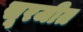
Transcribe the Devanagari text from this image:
सूरजीत